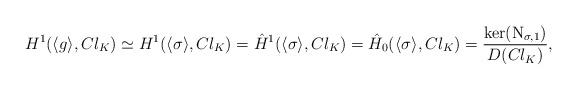
LaTeX: \begin{align*} H^1(\langle g \rangle, Cl_K)\simeq H^1(\langle \sigma \rangle, Cl_K)=\hat{H}^1(\langle \sigma \rangle, Cl_K)=\hat{H}_0(\langle \sigma \rangle, Cl_K)=\frac{\ker({\rm N}_{\sigma, 1})}{D(Cl_K)},\end{align*}